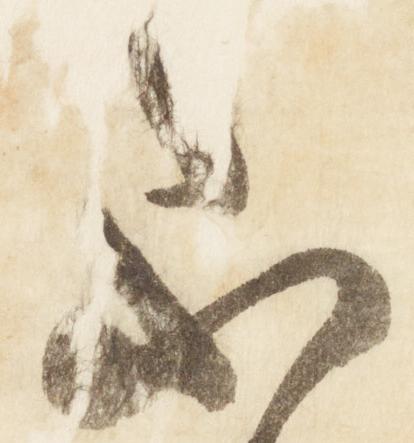
不